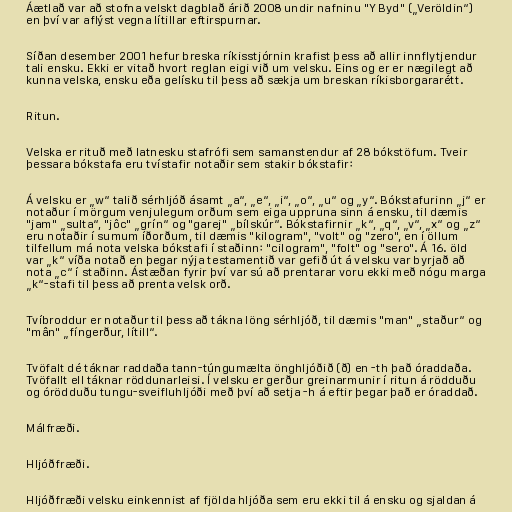
Áætlað var að stofna velskt dagblað árið 2008 undir nafninu "Y Byd" („Veröldin“)
en því var aflýst vegna lítillar eftirspurnar.

Síðan desember 2001 hefur breska ríkisstjórnin krafist þess að allir innflytjendur
tali ensku. Ekki er vitað hvort reglan eigi við um velsku. Eins og er er nægilegt að
kunna velska, ensku eða gelísku til þess að sækja um breskan ríkisborgararétt.

Ritun.

Velska er rituð með latnesku stafrófi sem samanstendur af 28 bókstöfum. Tveir
þessara bókstafa eru tvístafir notaðir sem stakir bókstafir:

Á velsku er „w“ talið sérhljóð ásamt „a“, „e“, „i“, „o“, „u“ og „y“. Bókstafurinn „j“ er
notaður í mörgum venjulegum orðum sem eiga uppruna sinn á ensku, til dæmis
"jam" „sulta“, "jôc" „grín“ og "garej" „bílskúr“. Bókstafirnir „k“, „q“, „v“, „x“ og „z“
eru notaðir í sumum íðorðum, til dæmis "kilogram", "volt" og "zero", en í öllum
tilfellum má nota velska bókstafi í staðinn: "cilogram", "folt" og "sero". Á 16. öld
var „k“ víða notað en þegar nýja testamentið var gefið út á velsku var byrjað að
nota „c“ í staðinn. Ástæðan fyrir því var sú að prentarar voru ekki með nógu marga
„k“-stafi til þess að prenta velsk orð.

Tvíbroddur er notaður til þess að tákna löng sérhljóð, til dæmis "man" „staður“ og
"mân" „fíngerður, lítill“.

Tvöfalt dé táknar raddaða tann-túngumælta önghljóðið (ð) en -th það óraddaða.
Tvöfallt ell táknar röddunarleisi. Í velsku er gerður greinarmunir í ritun á rödduðu
og órödduðu tungu-sveifluhljóði með því að setja -h á eftir þegar það er óraddað.

Málfræði.

Hljóðfræði.

Hljóðfræði velsku einkennist af fjölda hljóða sem eru ekki til á ensku og sjaldan á